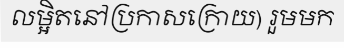
លម្អិតនៅប្រកាសក្រោយ) រួមមក